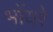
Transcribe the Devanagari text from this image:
भोंयरे